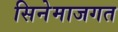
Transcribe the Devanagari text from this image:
सिनेमाजगत